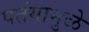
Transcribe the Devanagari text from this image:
पतंगामुळे